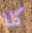
كلا